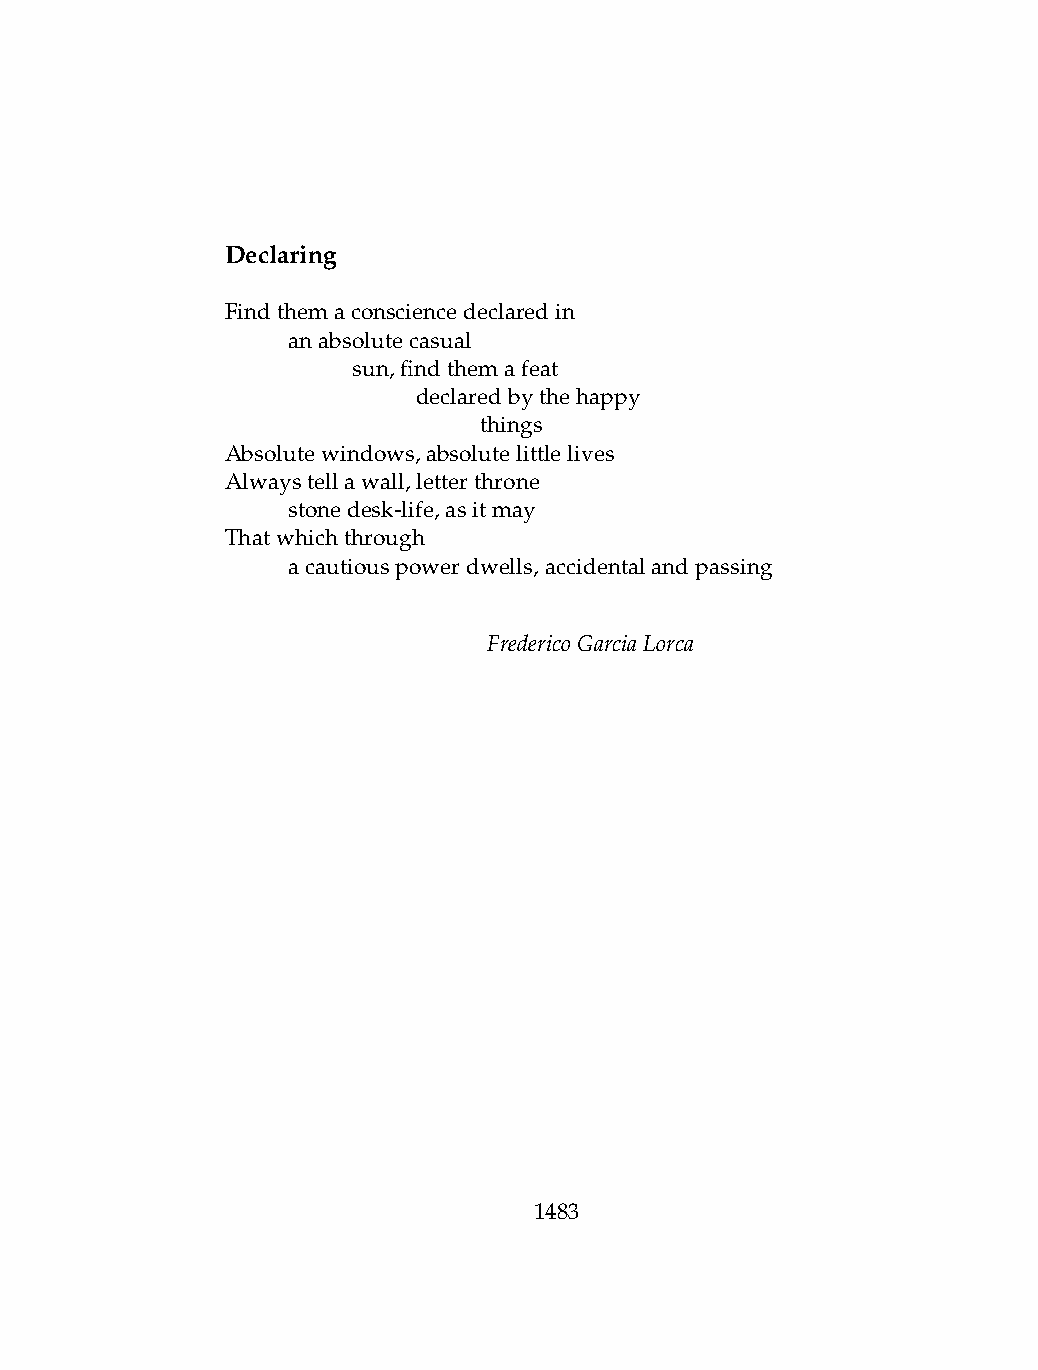
Declaring
 Findthemaconsciencedeclaredin
 .   anabsolutecasual
 .   .   sun,findthemafeat
 .   .   .    declaredbythehappy
 .   .   .    .   things
 Absolutewindows,absolutelittlelives
 Alwaystellawall,letterthrone
 .   stonedesk-life,asitmay
 Thatwhichthrough
 .   acautiouspowerdwells,accidentalandpassing
 FredericoGarciaLorca
 1483